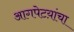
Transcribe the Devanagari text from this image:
आगपेटय़ांचा